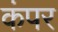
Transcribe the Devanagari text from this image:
कंपर